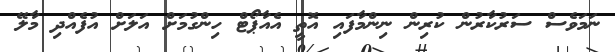
ނަމަވެސް ސަރުކާރުން ކުރިން ނިންމާފައި އޮތީ އެއާޕޯޓް ހިންގުމަށް އަލަށް އުފެއްދި މާލޭ